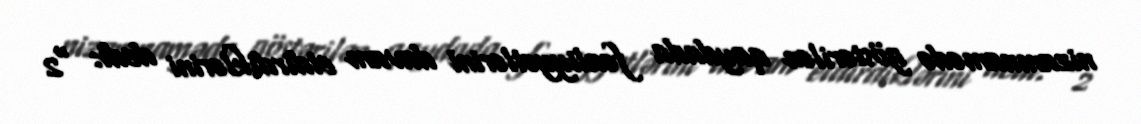
nizamnamədə göstərilən qaydada fəaliyyətlərini davam etdirdiklərini dedi: “2